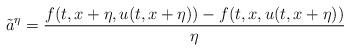
LaTeX: \begin{align*}\tilde{a}^{\eta}=\frac{f(t,x+\eta,u(t,x+\eta))-f(t,x,u(t,x+\eta))}{\eta}\end{align*}